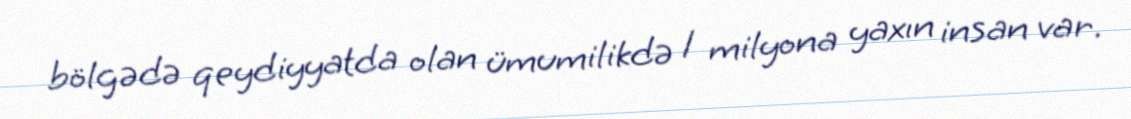
bölgədə qeydiyyatda olan ümumilikdə 1 milyona yaxın insan var.